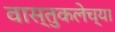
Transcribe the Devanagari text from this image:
वास्तुकलेच्या